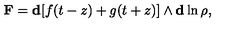
\mathbf { F } = \mathbf { d } [ f ( t - z ) + g ( t + z ) ] \wedge \mathbf { d } \ln { \rho } ,